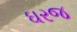
ઘરજ